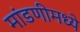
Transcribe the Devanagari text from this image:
मांडणीमध्ये